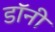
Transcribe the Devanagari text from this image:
डाॅनी